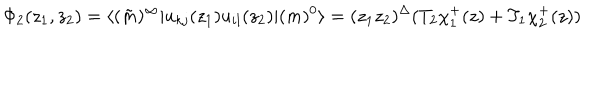
LaTeX: \Phi _ { 2 } ( z _ { 1 } , z _ { 2 } ) = \langle ( \tilde { m } ) ^ { \infty } | u _ { k j } ( z _ { 1 } ) u _ { i l } ( z _ { 2 } ) | ( m ) ^ { 0 } \rangle = ( z _ { 1 } z _ { 2 } ) ^ { \Delta } ( T _ { 2 } \chi _ { 1 } ^ { + } ( z ) + T _ { 1 } \chi _ { 2 } ^ { + } ( z ) )